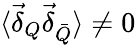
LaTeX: \langle\vec{\delta}_{Q}\vec{\delta}_{\bar{Q}}\rangle\neq 0